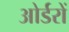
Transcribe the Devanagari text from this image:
ओर्डरों